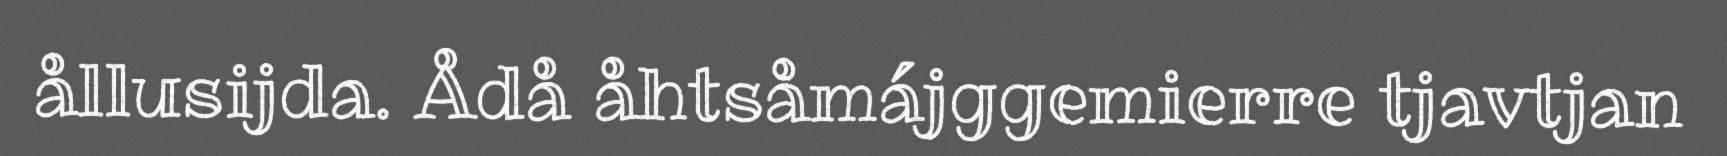
ållusijda. Ådå åhtsåmájggemierre tjavtjan